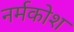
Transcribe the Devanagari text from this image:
नर्मकोश